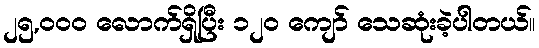
၂၅,၀၀၀ လောက်ရှိပြီး ၁၂၀ ကျော် သေဆုံးခဲ့ပါတယ်။